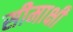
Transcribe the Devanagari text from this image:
सीमाक्षी